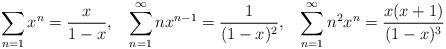
LaTeX: \begin{align*} \sum_{n=1} x^n = \frac{x}{1-x}, \; \; \; \sum_{n=1}^{\infty} nx^{n-1} = \frac{1}{(1-x)^2}, \; \; \; \sum_{n=1}^{\infty} n^2 x^{n} = \frac{x(x+1)}{(1-x)^3}\end{align*}